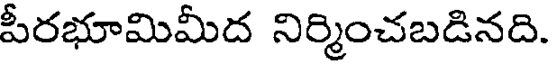
పీరభూమిమీద నిర్మించబడినది.